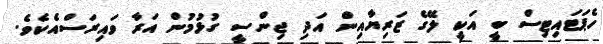
ހެޕަޓައިޓިސް ބީ އަކީ ލޭގެ ޒަރިޔާއިން އަދި ޖިންސީ ގުޅުމުން އަރާ ވައިރަސްއެކެވެ.